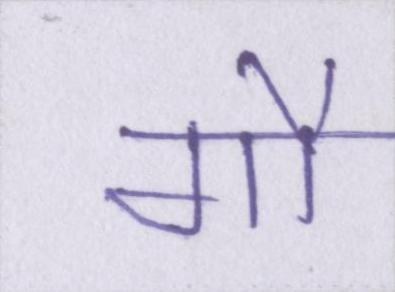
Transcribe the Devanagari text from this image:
गौ